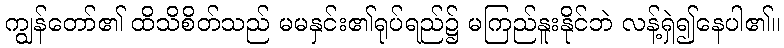
ကျွန်တော်၏ ထိသိစိတ်သည် မမနှင်း၏ရုပ်ရည်၌ မကြည်နူးနိုင်ဘဲ လန့်ရှဲ၍နေပါ၏။